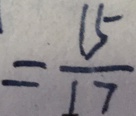
= \frac { 1 5 } { 1 7 }